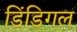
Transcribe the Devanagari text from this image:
डिंडिगल